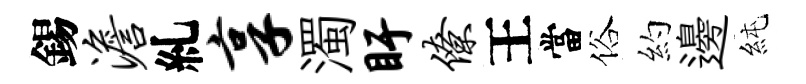
錫澹糺享濁盱僚王當俗約邊純